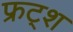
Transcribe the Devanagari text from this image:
फ्रट्श